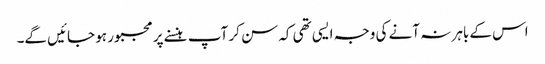
اس کے باہر نہ آنے کی وجہ ایسی تھی کہ سن کر آپ ہنسنے پر مجبور ہو جائیں گے۔